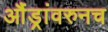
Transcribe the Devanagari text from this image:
औंड्रांवरुनच